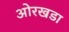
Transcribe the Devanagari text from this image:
ओरखडा